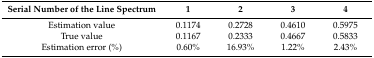
<table><thead><tr><td><b>Serial Number of the Line Spectrum</b></td><td><b>1</b></td><td><b>2</b></td><td><b>3</b></td><td><b>4</b></td></tr></thead><tbody><tr><td>Estimation value</td><td>0.1174</td><td>0.2728</td><td>0.4610</td><td>0.5975</td></tr><tr><td>True value</td><td>0.1167</td><td>0.2333</td><td>0.4667</td><td>0.5833</td></tr><tr><td>Estimation error (%)</td><td>0.60%</td><td>16.93%</td><td>1.22%</td><td>2.43%</td></tr></tbody></table>